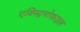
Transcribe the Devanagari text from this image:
एक्स्ट्रिमोफाइल